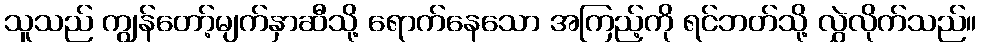
သူသည် ကျွန်တော့်မျက်နှာဆီသို့ ရောက်နေသော အကြည့်ကို ရင်ဘတ်သို့ လွှဲလိုက်သည်။